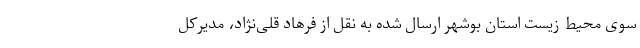
سوی محیط زیست استان بوشهر ارسال شده به نقل از فرهاد قلی‌نژاد، مدیرکل